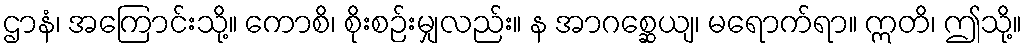
ဌာနံ၊ အကြောင်းသို့။ ကောစိ၊ စိုးစဉ်းမျှလည်း။ န အာဂစ္ဆေယျ၊ မရောက်ရာ။ ဣတိ၊ ဤသို့။